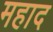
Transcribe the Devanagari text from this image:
महाद